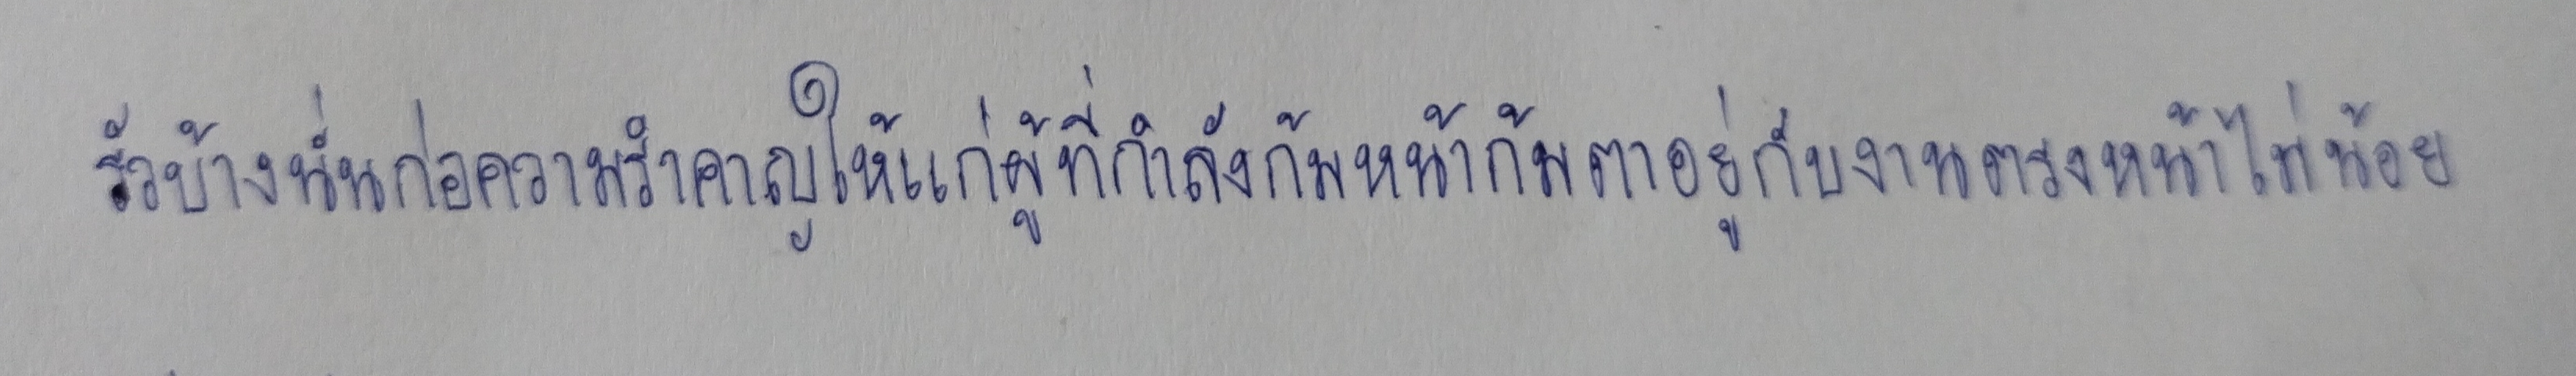
รัวบ้างนั่นก่อความรำคาญให้แก่ผู้ที่กำลังก้มหน้าก้มตาอยู่กับงานตรงหน้าไม่น้อย